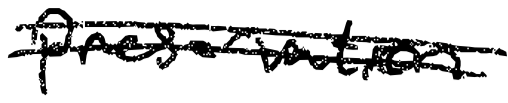
Text: preservation
Cross-out: double-line
Writing tool: digital_black